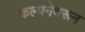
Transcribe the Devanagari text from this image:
कल्पनेवरून